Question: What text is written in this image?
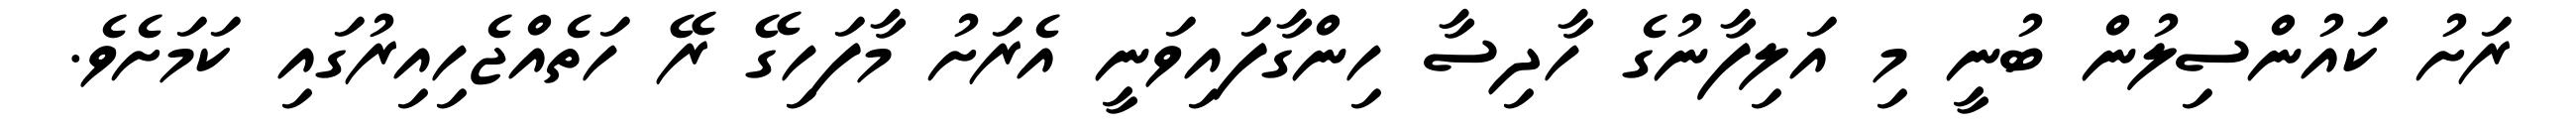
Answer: ރަށު ކައުންސިލުން ބުނީ މި އަލިފާނުގެ ހާދިސާ ހިންގާފައިވަނީ އެރަށު މާފަހިގޭ ރޭ ހަތެއްޖެހިއިރުގައި ކަމަށެވެ.